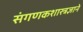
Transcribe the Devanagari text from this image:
संगणकशास्त्रज्ञाने